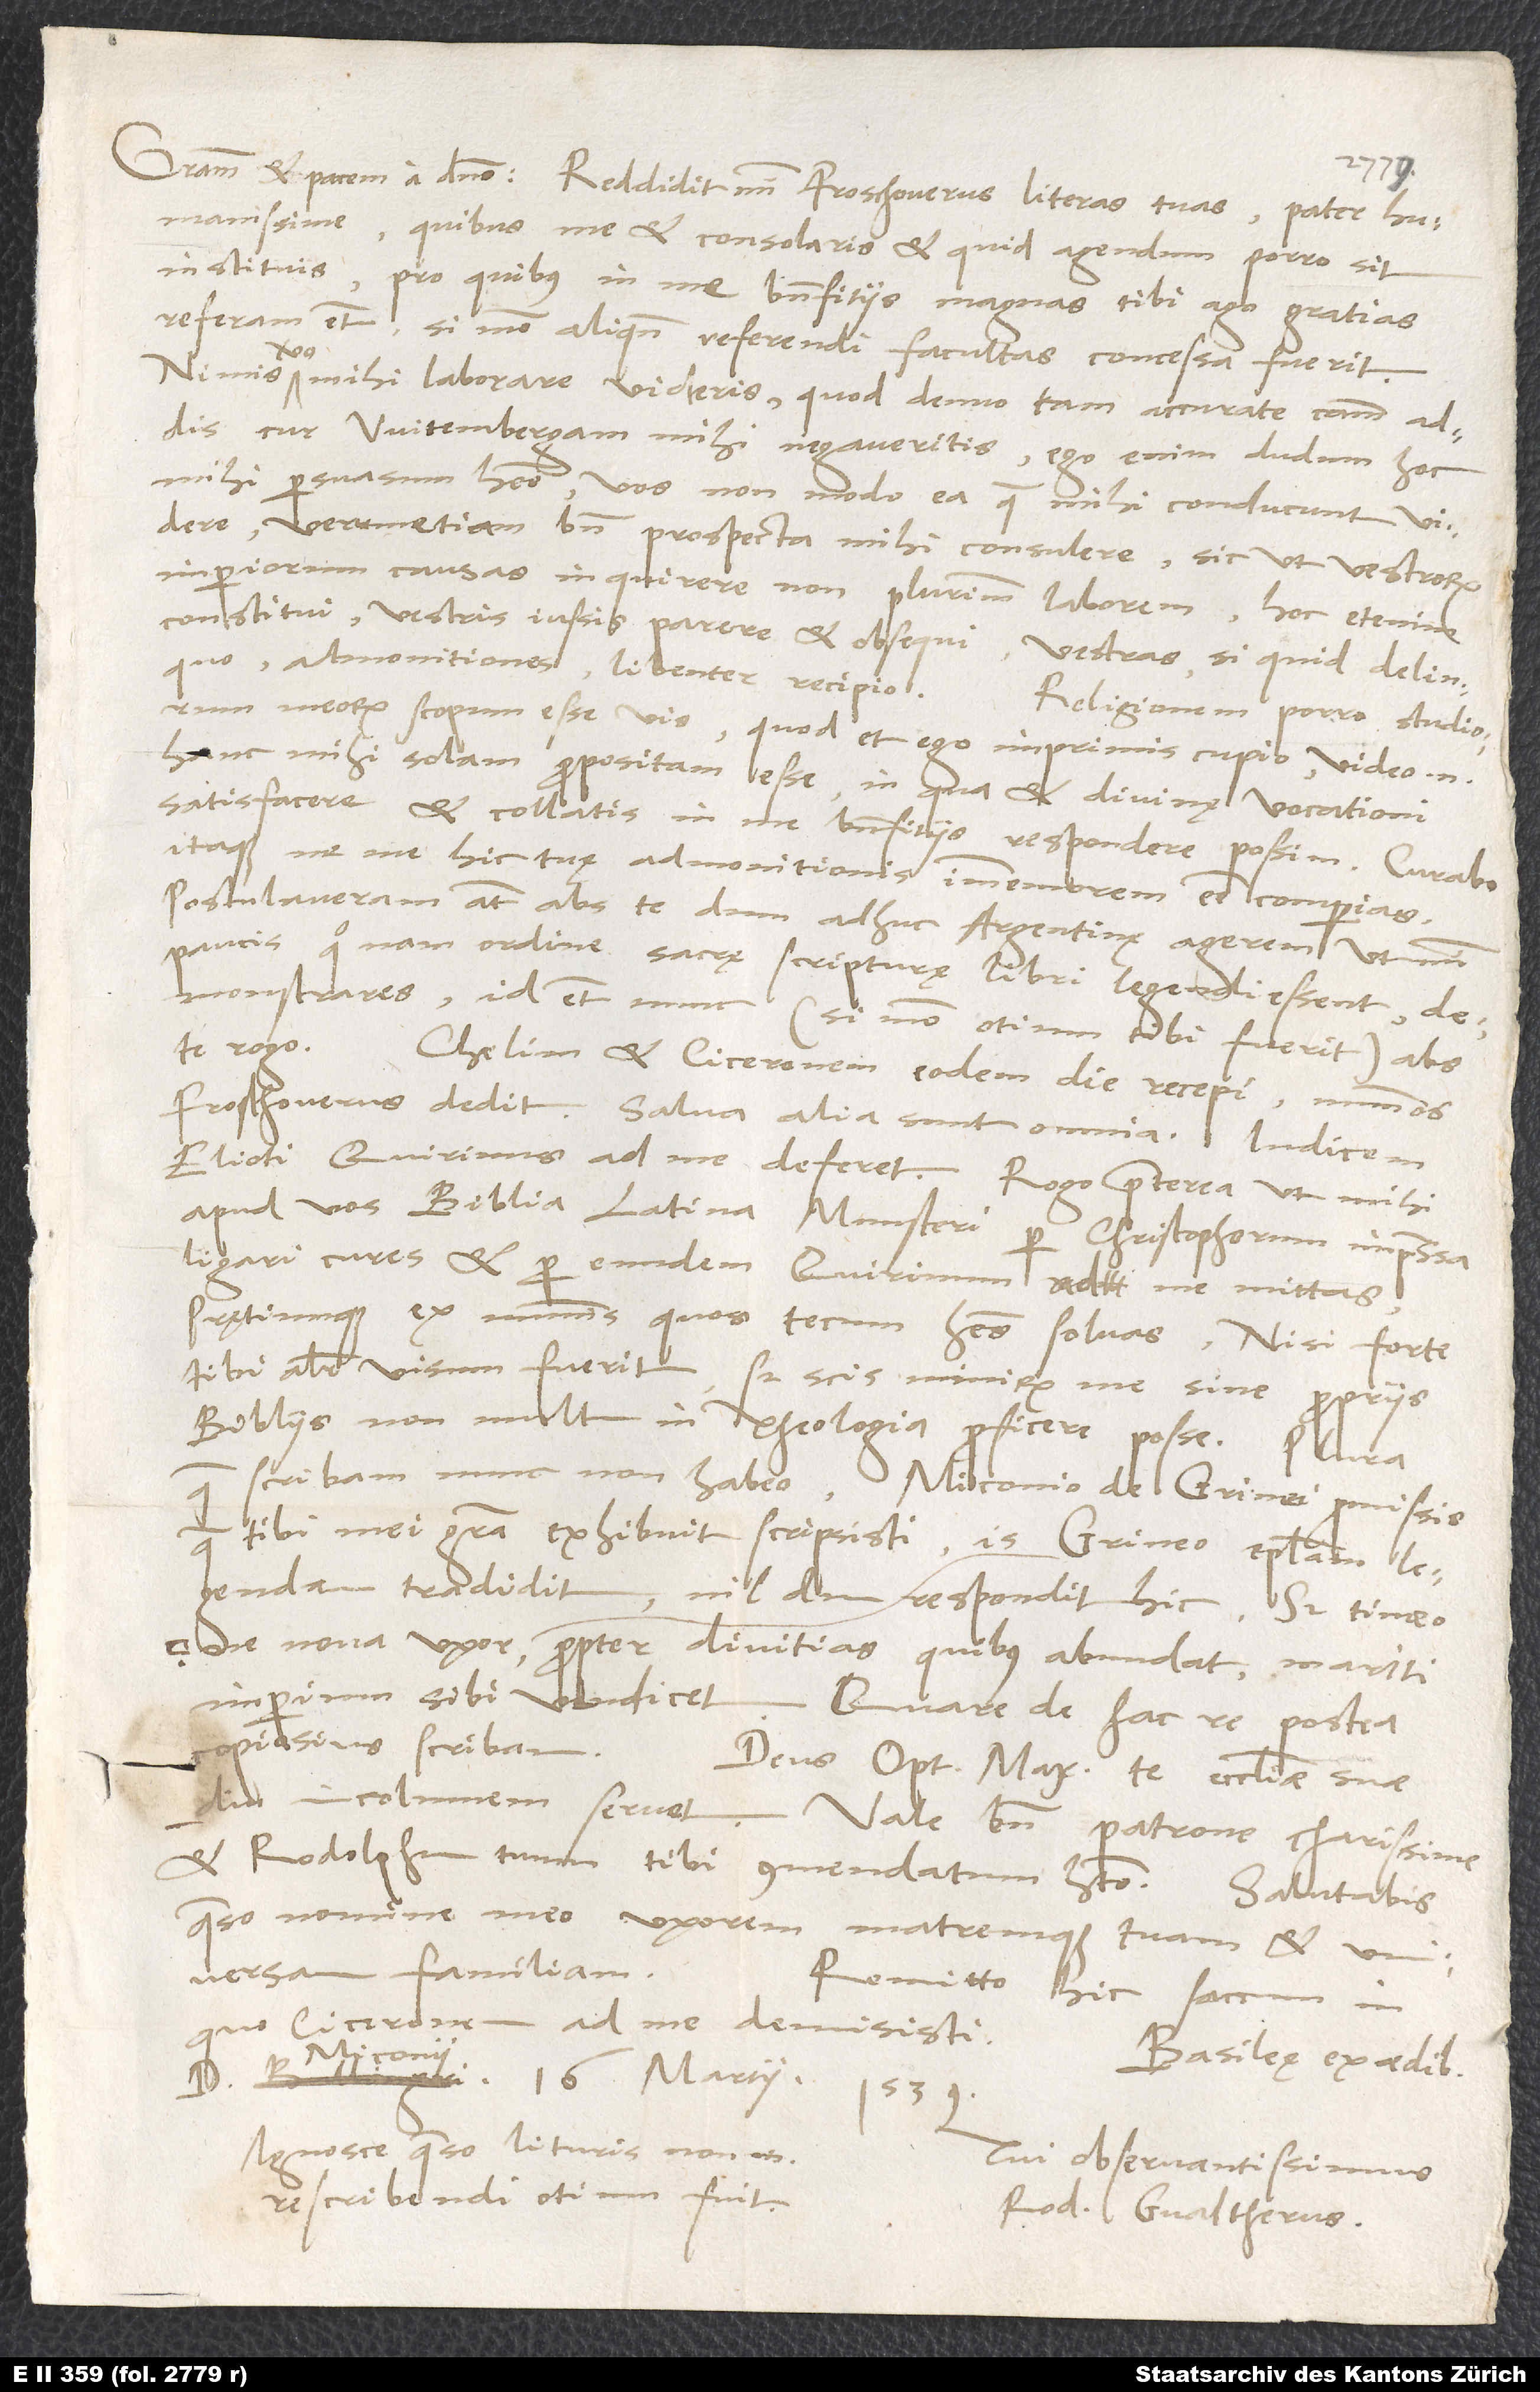
humanissime, quibus me et consolaris et, quid agendum porro sit,
instituis, pro quibus in me benefitiis magnas tibi ago gratias;
referam etiam, si modo aliquando referendi facultas concessa fuerit.
Nimis vero mihi laborare videris, quod denuo tam accurate causam addis,
cur Witembergam mihi negaveritis; ego enim dudum hoc
mihi persuasum habeo vos non modo ea, quae mihi conducunt, videre,
verumetiam bene prospecta mihi consulere, sic ut vestrorum
imperiorum causas inquirere non plurimum laborem. Hoc etenim
constitui: vestris iussis parere et obsequi; vestras, si quid delinquo,
admonitiones libenter recipio.
Religionem porro studiorum
meorum scopum esse vis, quod et ego imprimis cupio; video enim
hanc mihi solam propositam esse, in qua et divinę vocationi
satisfacere et collatis in me benefitiis respondere possim. Curabo
itaque, ne me hic tuę admonitionis immemorem esse comperias.
Postulaveram autem abs te, dum adhuc Argentinę agerem, ut mihi
paucis, quo nam ordine sacrę scripturę libri legendi essent,
demonstrares; id etiam nunc (si modo otium tibi fuerit) abs
Chelim et Ciceronem eodem die recepi; nummos
Froschouerus dedit. Salva alia sunt omnia. Indicem
Elioti Quirinus ad me deferet. Rogo praeterea, ut mihi
apud vos Biblia Latina Munsteri per Christophorum impressa
ligari cures et per eundem Quirinum ad me mittas
prętiumque ex nummis, quos tecum habes, solvas, nisi forte
tibi aliter visum fuerit; sed scis nimirum me sine propriis
bibliis non multum in theologia proficere posse.
quae scribam, nunc non habeo. Miconio de Grinei promissis,
tibi mei gratia exhibuit, scripsisti; is Grineo epistolam legendam
tradidit. Nildum respondit hic, sed timeo,
ne nova uxor propter divitias, quibus abundat, mariti
imperium sibi vendicet. Quare de hac re postea
diu incolumem servet. Vale bene, patrone charissime,
et Rodolphum tuum tibi commendatum habeto.
quaeso, nomine meo uxorem matremque tuam et universam
Remitto hic saccum, in
quo Ciceronem ad me demisisti.
Basileę, ex aedibus
16. martii 1539.
Ignosce, quaeso, lituris; non enim
Tui observantissimus
rescribendi otium fuit.
Rod. Gvaltherus.